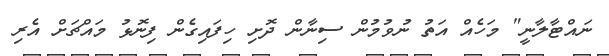
ނައްޓާލާނީ" މަހެއް އަތު ނުވުމުން ސިނާން ދޮށި ހިފައިގެން ފިނޮޅު މައްޗަށް އެރި